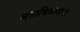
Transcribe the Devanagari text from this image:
मताधिकाराचा